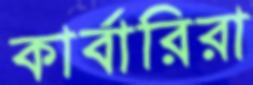
কার্বারিরা